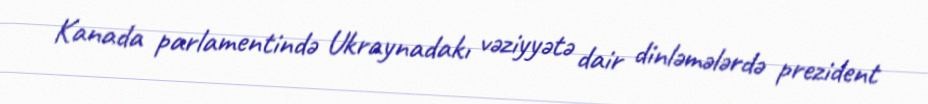
Kanada parlamentində Ukraynadakı vəziyyətə dair dinləmələrdə prezident